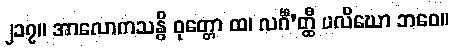
၂၁၇။ အာလောကသန္ဓိ ဝုတ္တော ထ၊ လင်္ဂီ’တ္ထီ ပလိဃော ဘဝေ။